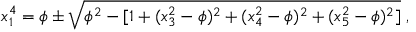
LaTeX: x _ { 1 } ^ { 4 } = \phi \pm \sqrt { \phi ^ { 2 } - [ 1 + ( x _ { 3 } ^ { 2 } - \phi ) ^ { 2 } + ( x _ { 4 } ^ { 2 } - \phi ) ^ { 2 } + ( x _ { 5 } ^ { 2 } - \phi ) ^ { 2 } ] } \; ,